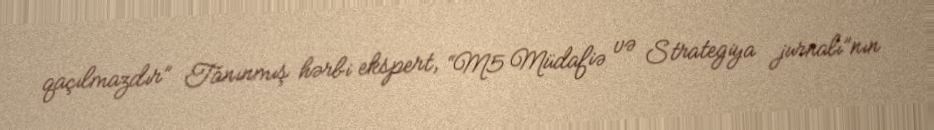
qaçılmazdır” Tanınmış hərbi ekspert, “M5 Müdafiə və Strategiya jurnalı”nın